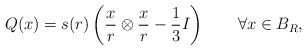
\begin{align*}Q(x)=s(r)\left(\frac x r \otimes \frac x r - \frac 13 I \right) \qquad\forall x\in B_R,\end{align*}